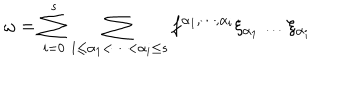
\omega = \sum _ { i = 0 } ^ { s } \sum _ { 1 \le \alpha _ { 1 } < \cdots < \alpha _ { i } \le s } f ^ { \alpha _ { 1 } , \cdots , \alpha _ { i } } \xi _ { \alpha _ { 1 } } \dots \xi _ { \alpha _ { i } }